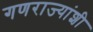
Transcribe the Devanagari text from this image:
गणराज्यांशी